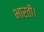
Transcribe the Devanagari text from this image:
भारती।